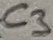
Text: C3